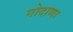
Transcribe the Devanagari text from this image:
गोदाणा